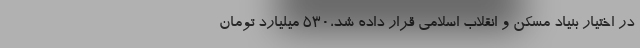
در اختیار بنیاد مسکن و انقلاب اسلامی قرار داده شد،۵۳۰ میلیارد تومان